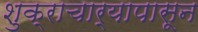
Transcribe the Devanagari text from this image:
शुक्राचार्यापासून